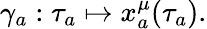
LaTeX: \gamma_{a}:\tau_{a}\mapsto x_{a}^{\mu}(\tau_{a}).